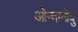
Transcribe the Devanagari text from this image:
ओन्दानोंदु